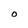
Character: O